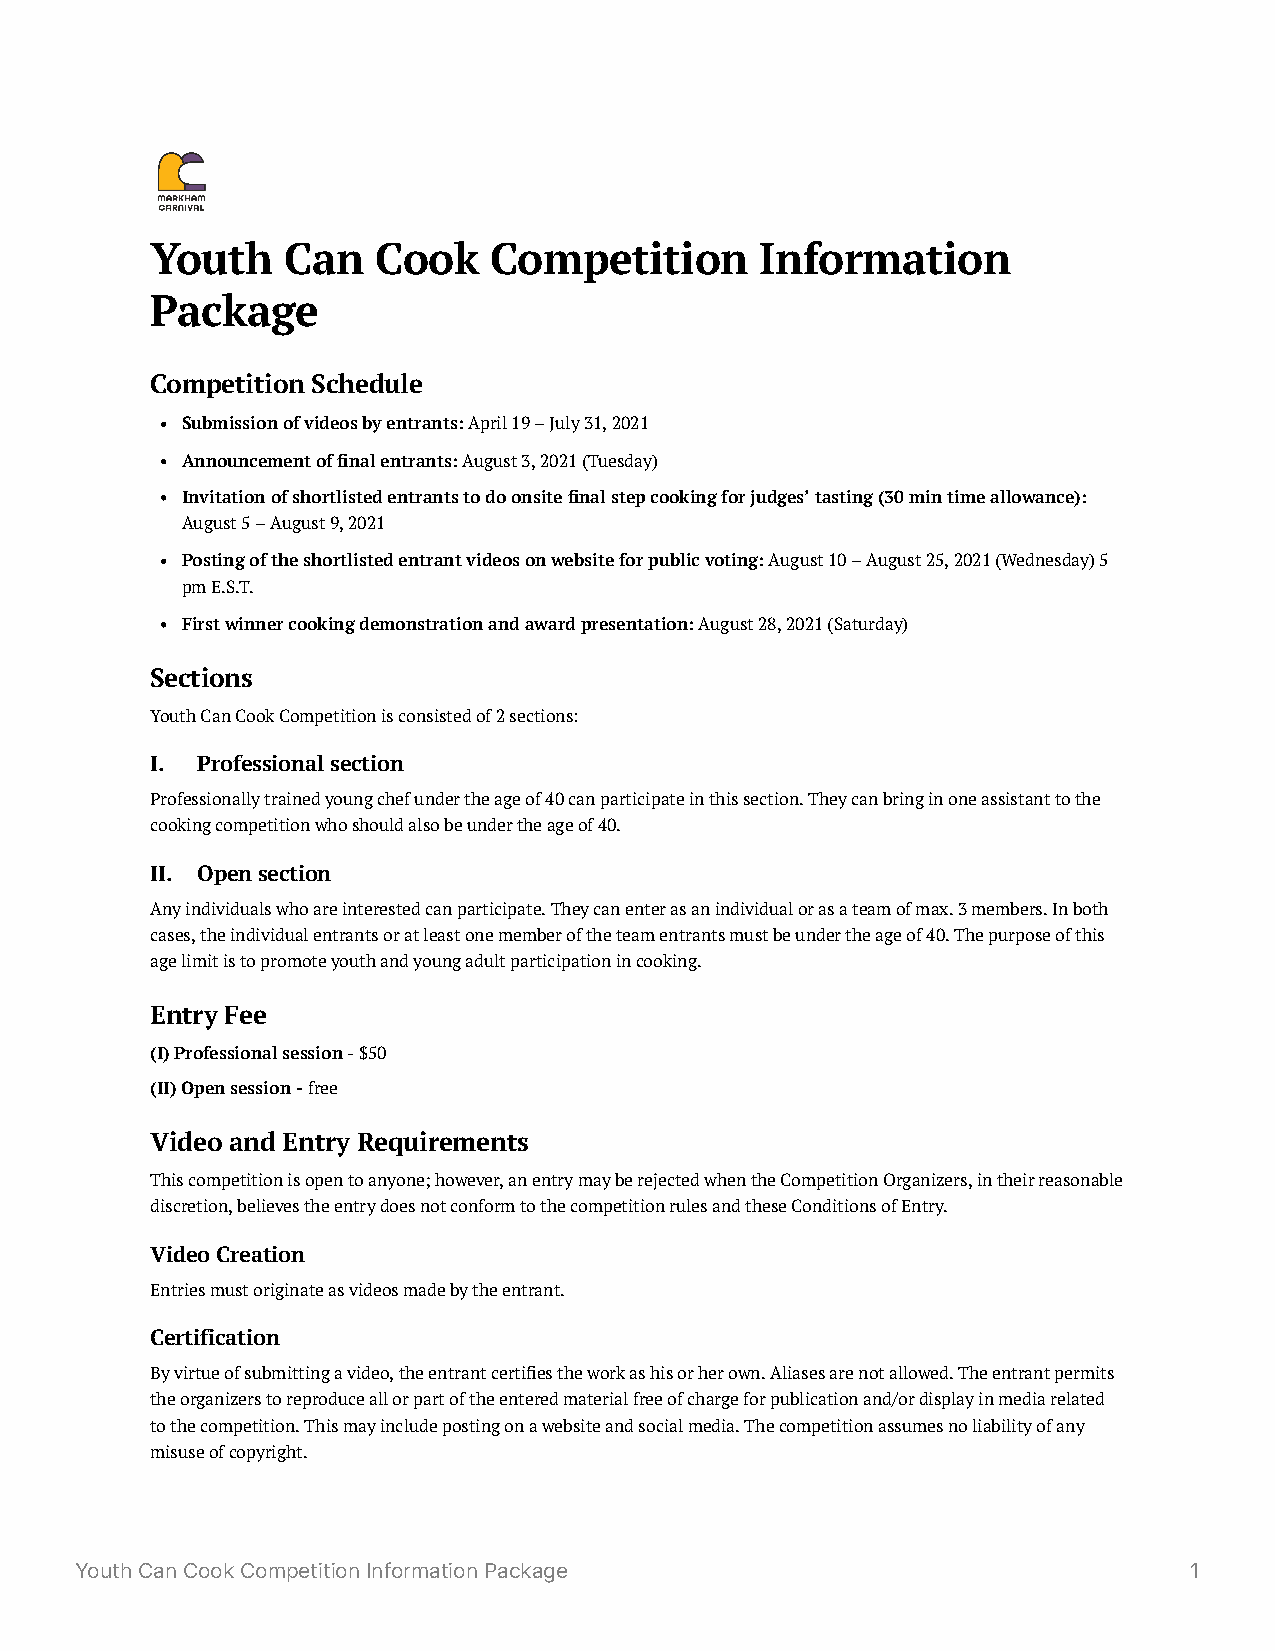
Youth    Can   Cook   Competition       Information
 Package
 Competition Schedule
 Submission of videos by entrants: April 19 – July 31, 2021
 Announcement of final entrants: August 3, 2021 (Tuesday)
 Invitation of shortlisted entrants to do onsite final step cooking for judges’ tasting (30 min time allowance):
 August 5 – August 9, 2021
 Posting of the shortlisted entrant videos on website for public voting: August 10 – August 25, 2021 (Wednesday) 5
 pm E.S.T.
 First winner cooking demonstration and award presentation: August 28, 2021 (Saturday)
 Sections
 Youth Can Cook Competition is consisted of 2 sections:
 I. Professional section
 Professionally trained young chef under the age of 40 can participate in this section. They can bring in one assistant to the
 cooking competition who should also be under the age of 40.
 II. Open section
 Any individuals who are interested can participate. They can enter as an individual or as a team of max. 3 members. In both
 cases, the individual entrants or at least one member of the team entrants must be under the age of 40. The purpose of this
 age limit is to promote youth and young adult participation in cooking.
 Entry Fee
 (I) Professional session - $50
 (II) Open session - free
 Video and Entry Requirements
 This competition is open to anyone; however, an entry may be rejected when the Competition Organizers, in their reasonable
 discretion, believes the entry does not conform to the competition rules and these Conditions of Entry.
 Video Creation
 Entries must originate as videos made by the entrant.
 Certification
 By virtue of submitting a video, the entrant certifies the work as his or her own. Aliases are not allowed. The entrant permits
 the organizers to reproduce all or part of the entered material free of charge for publication and/or display in media related
 to the competition. This may include posting on a website and social media. The competition assumes no liability of any
 misuse of copyright.
 Youth Can Cook Competition Information Package                            1